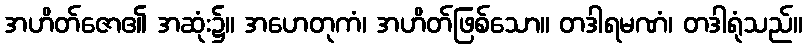
အဟိတ်ဇော၏ အဆုံး၌။ အဟေတုကံ၊ အဟိတ်ဖြစ်သော။ တဒါရမဏံ၊ တဒါရုံသည်။